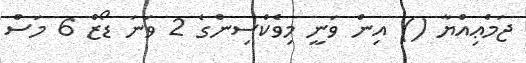
ޖަމްޢިއްޔާ () އިން ވަނީ މިވެކްސިންގެ 2 ވަނަ ޑޯޒް 6 މަސް